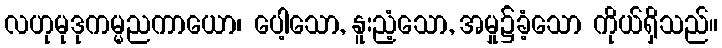
လဟုမုဒုကမ္မညကာယော၊ ပေါ့သော, နူးညံ့သော, အမှု၌ခံ့သော ကိုယ်ရှိသည်။